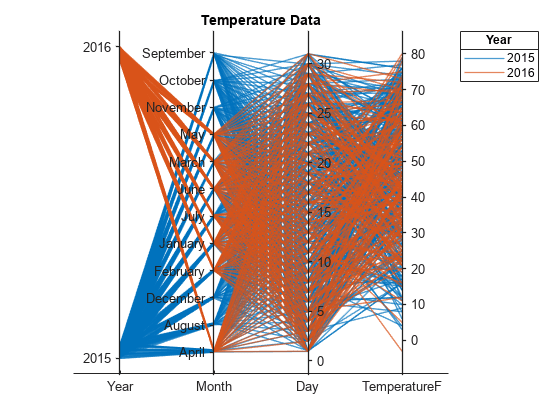
matlab, parallelplot